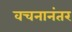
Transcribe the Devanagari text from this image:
वचनानंतर